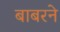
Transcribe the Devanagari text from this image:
बाबरने